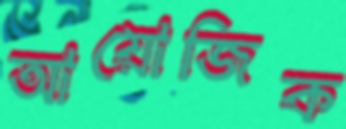
আয়োজিক